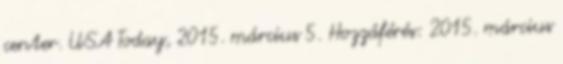
center. USA Today, 2015. március 5. Hozzáférés: 2015. március